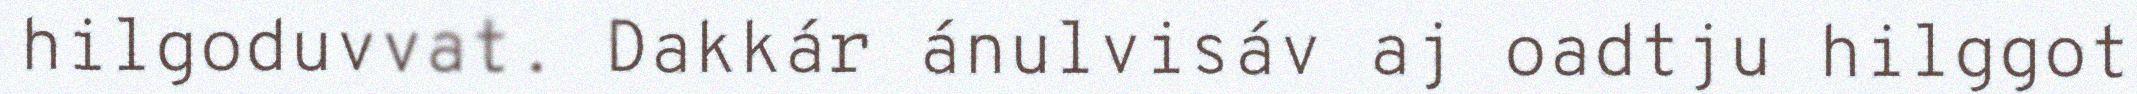
hilgoduvvat. Dakkár ánulvisáv aj oadtju hilggot